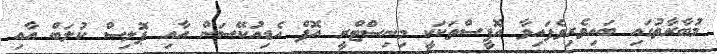
މުބާރާތުގައި ބައިވެރިވެފައިވާ އޮފީސްތަކަކީ މިނިސްޓްރީ އޮފް އެޑިއުކޭސަން އާއި ޕޮލިސް ކުލަބް އާއި